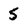
Character: 5